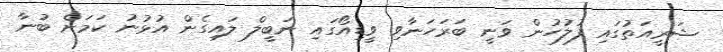
ޝަރީއަތުގައި ފުލުހުން ވަނީ ބަރަހަނާވި ވީޑިއޯގައި ނަބީލް ލައިގެން އުޅުނު ކަމަށް ބުނާ